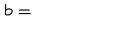
b =